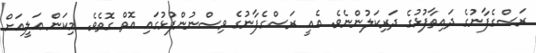
ރަސްގެފާނުގެ ދައިތާފުޅުގެ ދަރިކަލުންނެވެ. އެއީ ރަސްގެފާނުގެ ވިސްނުންފުޅުގައި އޮތް ގޮތެވެ. މިކަން ޢަލީއަށް